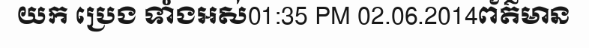
យក ប្រេង ទាំងអស់01:35 PM 02.06.2014ព័ត៌មាន